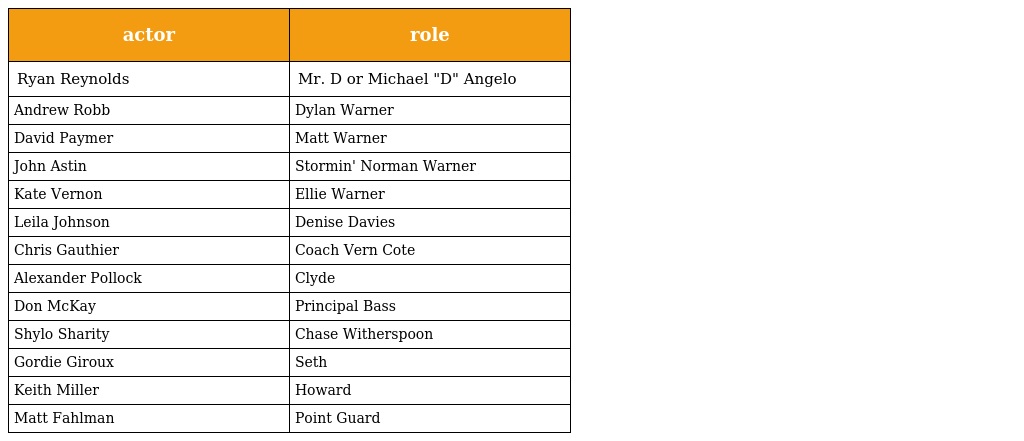
| actor | role |
 | --- | --- |
 | Ryan Reynolds | Mr. D or Michael "D" Angelo |
 | Andrew Robb | Dylan Warner |
 | David Paymer | Matt Warner |
 | John Astin | Stormin' Norman Warner |
 | Kate Vernon | Ellie Warner |
 | Leila Johnson | Denise Davies |
 | Chris Gauthier | Coach Vern Cote |
 | Alexander Pollock | Clyde |
 | Don McKay | Principal Bass |
 | Shylo Sharity | Chase Witherspoon |
 | Gordie Giroux | Seth |
 | Keith Miller | Howard |
 | Matt Fahlman | Point Guard |